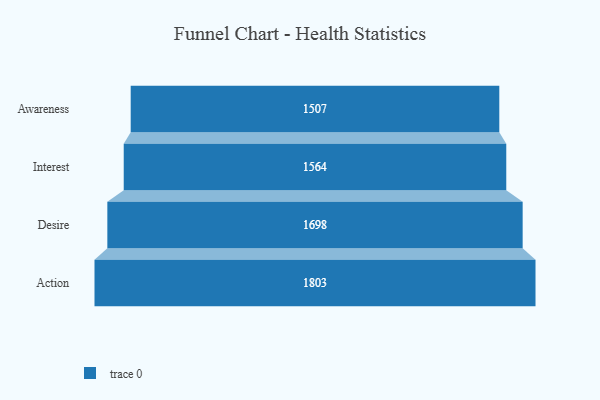
{"axis": {"x": "Stage", "y": "Value"}, "legend": [""], "data": [{"x": "Awareness", "y": 1507.0, "type": ""}, {"x": "Interest", "y": 1564.0, "type": ""}, {"x": "Desire", "y": 1698.0, "type": ""}, {"x": "Action", "y": 1803.0, "type": ""}]}